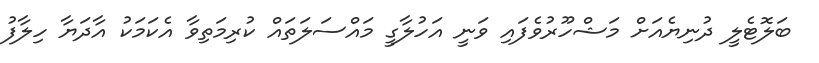
ބަލޮޓެލީ ދުނިޔެއަށް މަޝްހޫރުވެފައި ވަނީ އަހުލާގީ މައްސަލަތައް ކުރިމަތިވާ އެކަމަކު އާދަޔާ ހިލާފު